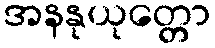
အနနုယုတ္တော